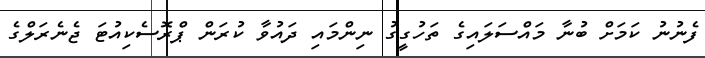
ފެނުނު ކަމަށް ބުނާ މައްސަލައިގެ ތަހުގީގު ނިންމައި ދައުވާ ކުރަން ޕްރޮސެކިއުޓަ ޖެނެރަލްގެ